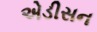
એડીસન